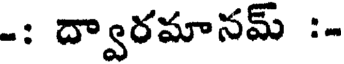
-: ద్వారమానమ్ :-